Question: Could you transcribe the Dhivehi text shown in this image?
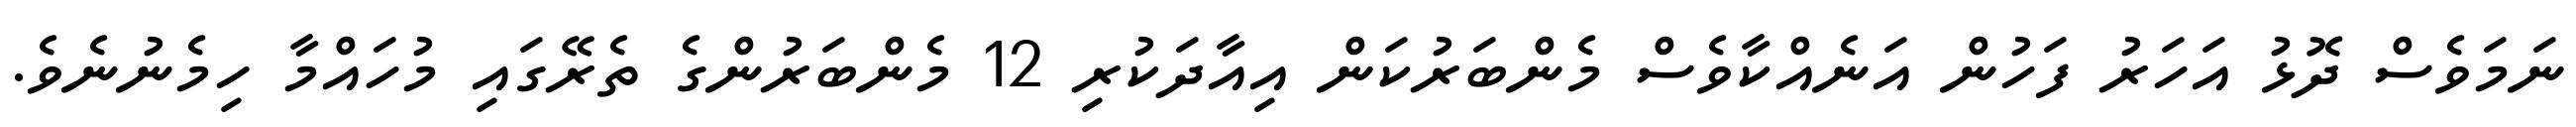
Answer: ނަމަވެސް ދޮޅު އަހަރު ފަހުން އަނެއްކާވެސް މެންބަރުކަން އިއާދަކުރި 12 މެންބަރުންގެ ތެރޭގައި މުހައްމާ ހިމެނުނެވެ.